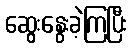
ဆွေးနွေးခဲ့ကြပြီး